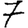
Digit: 7